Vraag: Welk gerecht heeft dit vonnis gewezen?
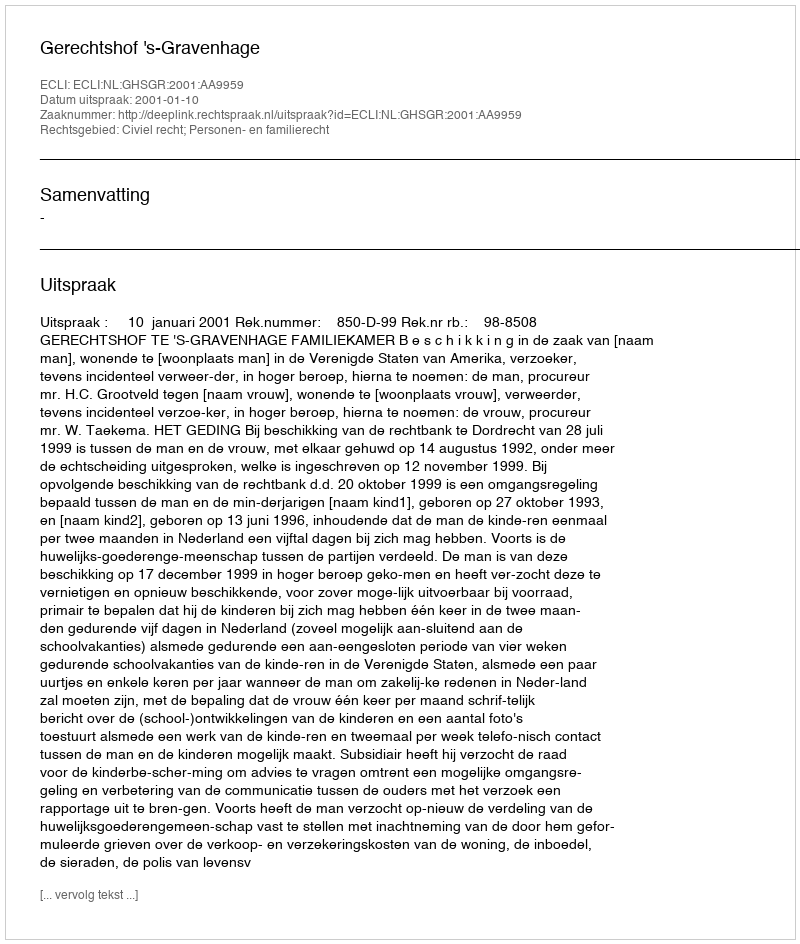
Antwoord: Gerechtshof 's-Gravenhage